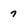
Character: 7